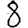
Digit: 8